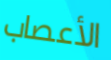
الأعصاب